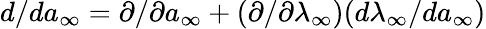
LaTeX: d/d{a}_{\infty}=\partial/\partial{a}_{\infty}+(\partial/\partial\lambda_{\infty})(d\lambda_{\infty}/d{a}_{\infty})